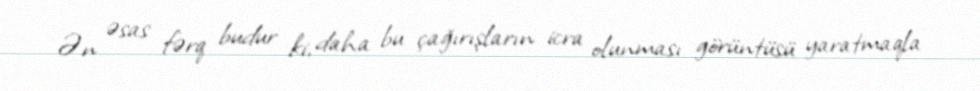
Ən əsas fərq budur ki, daha bu çağırışların icra olunması görüntüsü yaratmaqla